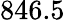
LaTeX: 846.5